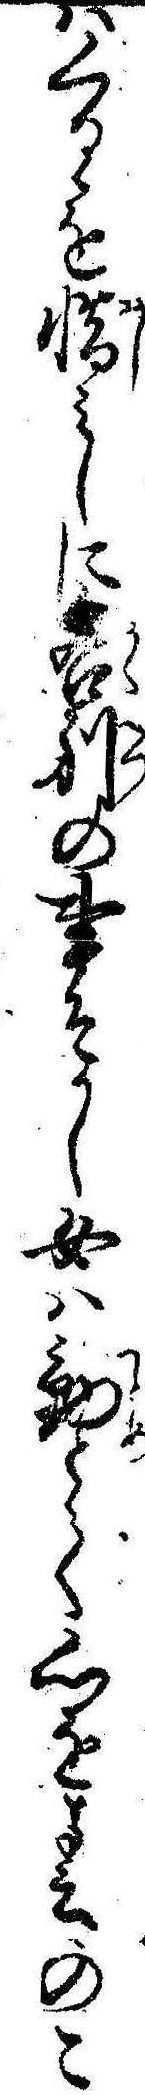
はくるゝを惜みしに各別の事そかし女は勤とて心を春のこ